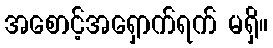
အစောင့်အရှောက်ရက် မရှိ။